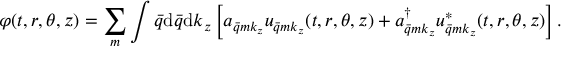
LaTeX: \varphi ( t , r , \theta , z ) = \sum _ { m } \int \bar { q } \mathrm { d } \bar { q } \mathrm { d } k _ { z } \left[ a _ { \bar { q } m k _ { z } } u _ { \bar { q } m k _ { z } } ( t , r , \theta , z ) + a _ { \bar { q } m k _ { z } } ^ { \dag } u _ { \bar { q } m k _ { z } } ^ { * } ( t , r , \theta , z ) \right] .